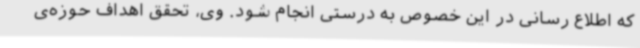
که اطلاع رسانی در این خصوص به درستی انجام شود. وی، تحقق اهداف حوزه‌ی